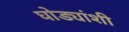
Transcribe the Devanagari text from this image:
घोड्यांशी